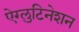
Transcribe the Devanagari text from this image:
ऐग्लुटिनेशन